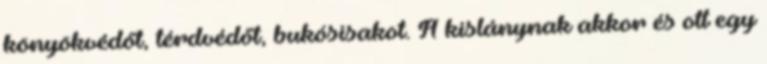
könyökvédőt, térdvédőt, bukósisakot. A kislánynak akkor és ott egy